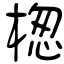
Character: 楤